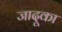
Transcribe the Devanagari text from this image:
जादूका